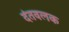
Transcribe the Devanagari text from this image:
दंतवलक